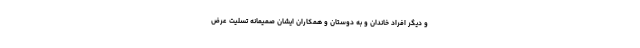
و دیگر افراد خاندان و به دوستان و همکاران ایشان صمیمانه تسلیت عرض